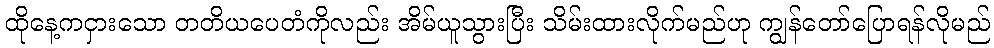
ထိုနေ့ကငှားသော တတိယပေတံကိုလည်း အိမ်ယူသွားပြီး သိမ်းထားလိုက်မည်ဟု ကျွန်တော်ပြောရန်လိုမည်